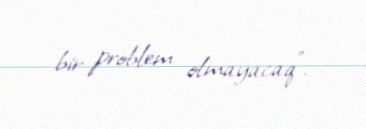
bir problem olmayacaq”.